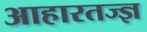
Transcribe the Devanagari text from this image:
आहारतज्ज्ञ